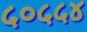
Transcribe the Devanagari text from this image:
५०५५४